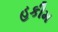
હકીમ